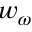
w _ { \omega }